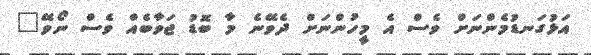
އަޅުގަނޑުމެންނަށް ވެސް އެ މީހުންނަށް ދެވޭނެ މާ ބޮޑު ޖަވާބެއް ވެސް ނޯވޭ"